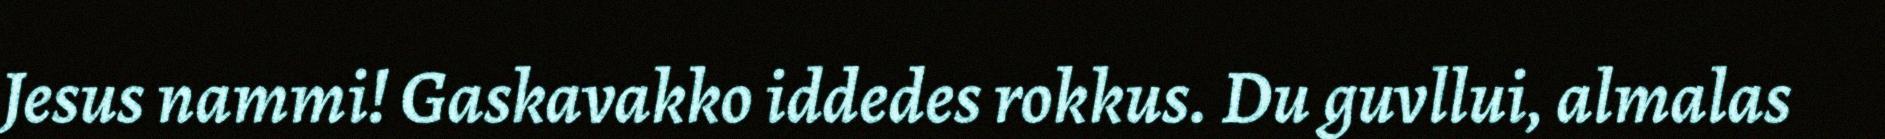
Jesus nammi! Gaskavakko iddedes rokkus. Du guvllui, almalas